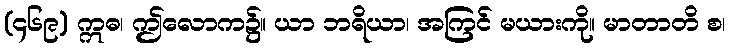
(၄၆၉) ဣဓ၊ ဤလောက၌။ ယာ ဘရိယာ၊ အကြင် မယားကို။ မာတာတိ စ၊